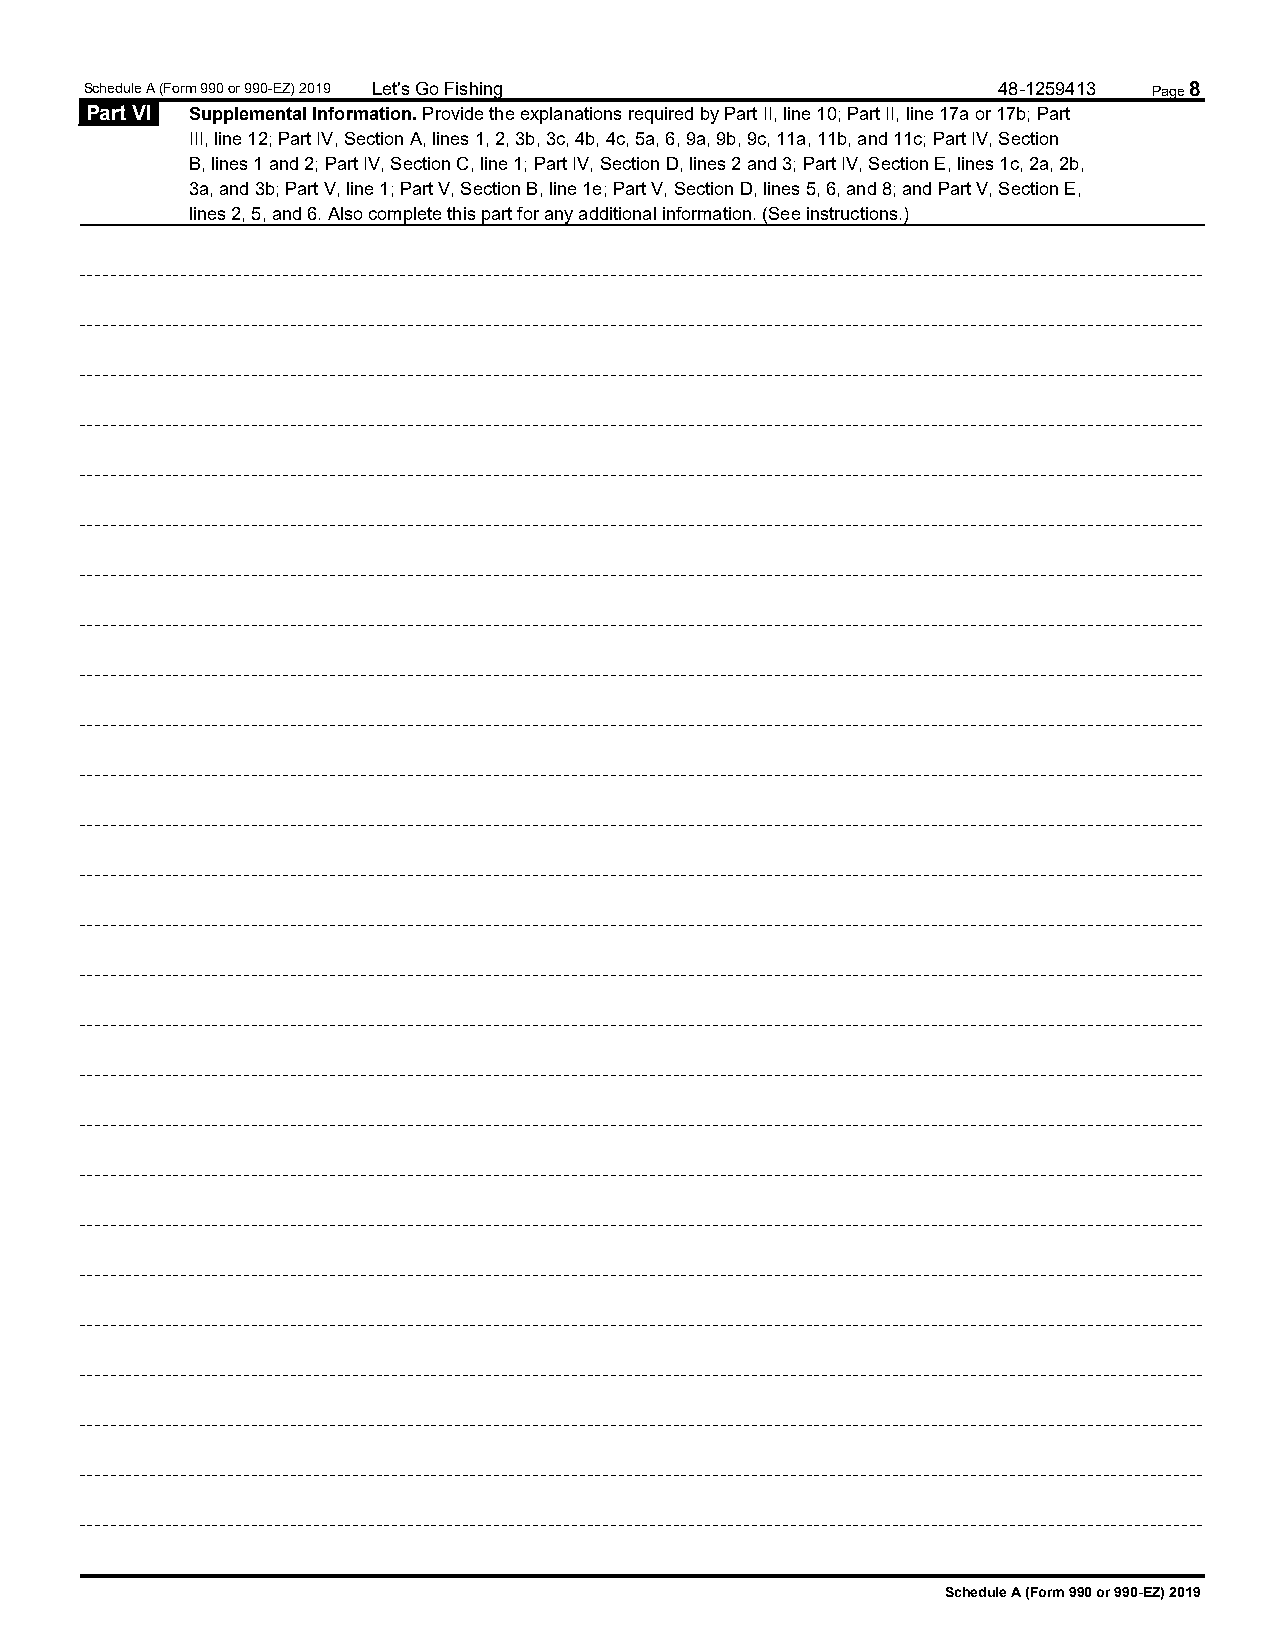
Schedule A (Form 990 or 990-EZ) 2019 Let's Go Fishing       48-1259413 Page 8
 Part VI Supplemental Information. Provide the explanations required by Part II, line 10; Part II, line 17a or 17b; Part
 III, line 12; Part IV, Section A, lines 1, 2, 3b, 3c, 4b, 4c, 5a, 6, 9a, 9b, 9c, 11a, 11b, and 11c; Part IV, Section
 B, lines 1 and 2; Part IV, Section C, line 1; Part IV, Section D, lines 2 and 3; Part IV, Section E, lines 1c, 2a, 2b,
 3a, and 3b; Part V, line 1; Part V, Section B, line 1e; Part V, Section D, lines 5, 6, and 8; and Part V, Section E,
 lines 2, 5, and 6. Also complete this part for any additional information. (See instructions.)
 Schedule A (Form 990 or 990-EZ) 2019